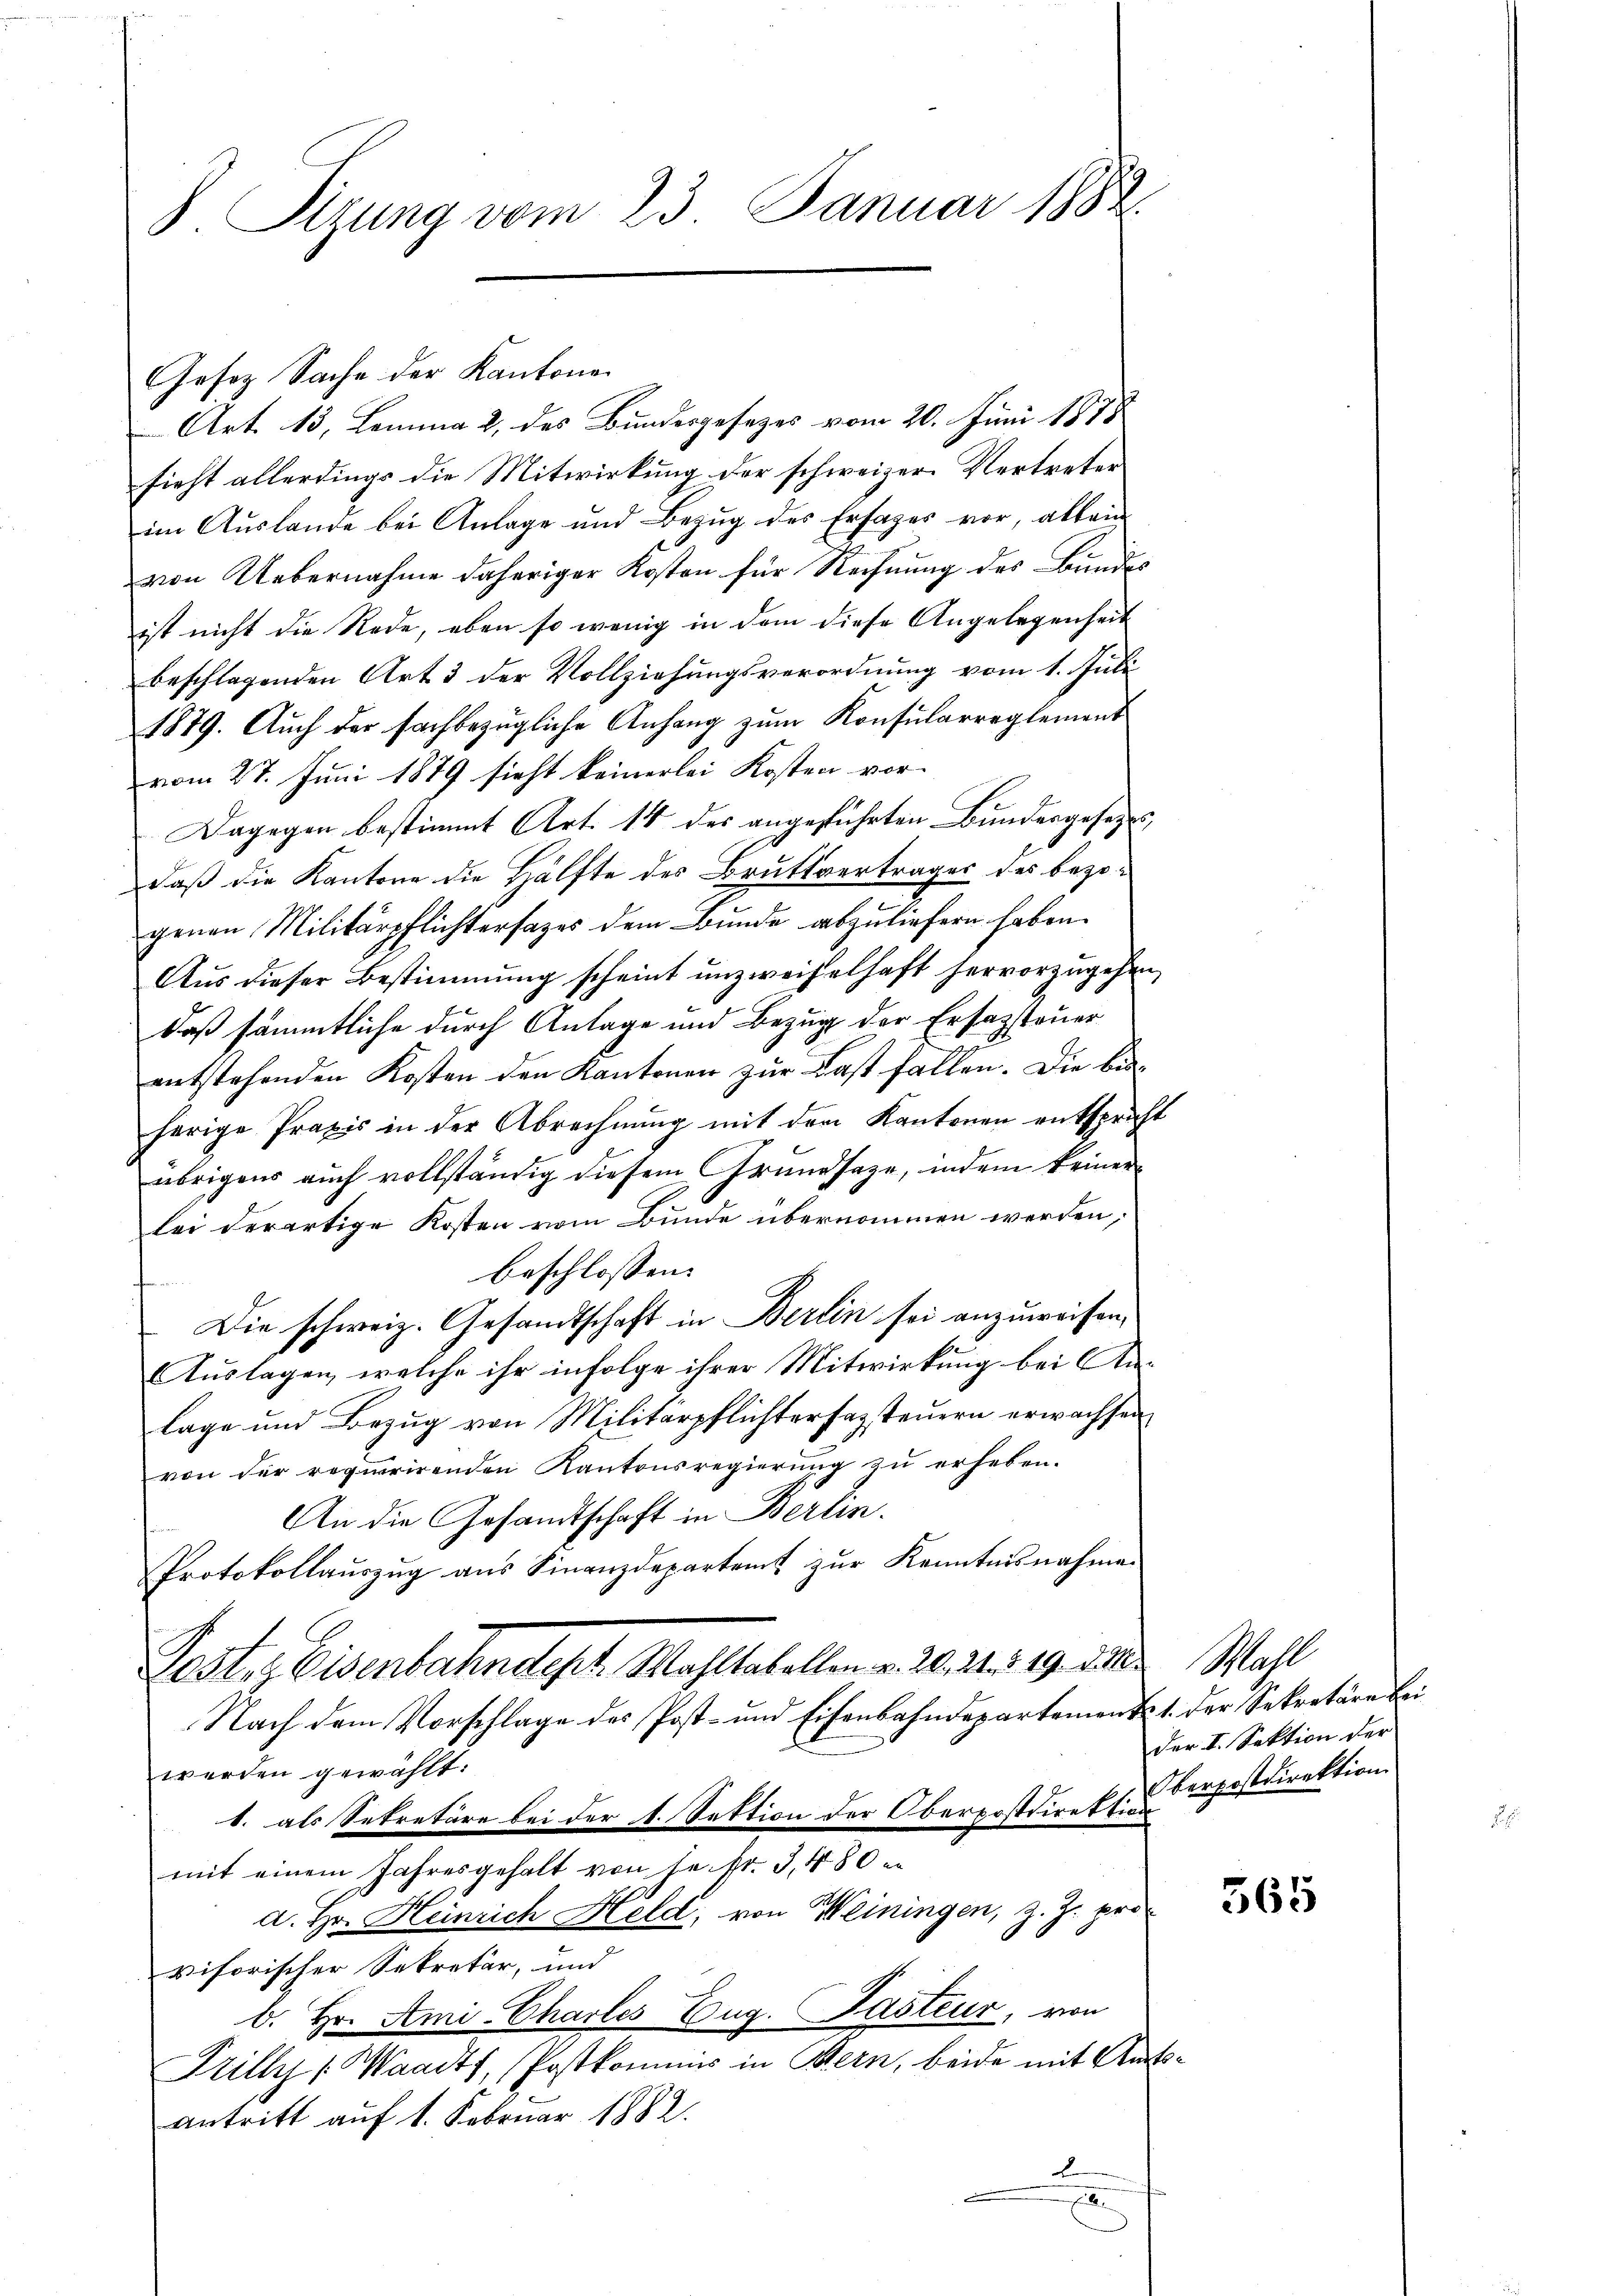
8 Sizung vom 23. Januar 1882.

Art. 13, Lemma 2 des Bundesgesezes vom 20. Juni 1878
sieht allerdings die Mitwirkung der schweizer. Vertreten
im Auslande bei Anlage und Bezug des Ersages vor, allein
von Uebernahme daheriger Kosten für Rechnung des Bundes
ist nicht die Rede, eben so wenig in dem diese Angelegenheit
beschlagenden Art 3 der Vollziehungsverordnung vom 1. Juli
1879. Auch der fachbezügliche Anhang zum Konsularreglement
vom 27. Juni 1879 sieht keinerlei Kosten vor-
Dagegen bestimmt Art. 14 des angeführten Bundesgesezes
daß die Kantone die Hälfte des Bruttvertrages des bezogenen Militärpflichtersages dem Bunde abzuliefern haben.
Aus dieser Bestimmung scheint unzweifelhaft hervorzugehen,
daß sämmtliche durch Anlage und Bezug der Ersatzsteuer
entstehenden Kosten den Kantonen zur Last fallen. Die bisherige Praxis in der Abrechnung mit dem Kantonen entsprich
übrigens auch vollständig diesem Grundsaze, indem keinerlei derartige Kosten vom Bunde übernommen werden,
beschlossen:
Die schweiz. Gesandtschaft in Berlin sei anzuweisen,
Auslagen, welche ihr infolge ihrer Mitwirkung bei An-
lage und Bezug von Militärpflichterfassteuern erwachsen
von der requirirenden Kantonsregierung zu erheben.
An die Gesandtschaft in Berlin.
Protokollauszug aus Finanzdepartent zur Kenntnisnahme.
Paste, Eisenbahndept. Wahltabellen u. 20. 21. d. 19. 2212. Wahl
Nach dem Vorschlage des Post- und Eisenbahndepartement 1. der Sekretäre bei
werden gewählt:
1. als Sekretäre bei der 1. Sektion der Oberpostdirektion
mit einem Jahresgehalt von heist. 3, 480 e
d. Hr. Heinrich Held, von Weiningen, z. Z. pro
visorischer Sekretär, und
b. Hr. Ami-Charles Eug. Pasteur, von
Prill (Waadt, Postkommnis in Bern, beide mit Anantritt auf 1. Februar 1882.
.

Gesez Sache der Kantone

s

h

der I. Sektion der
Oberpostdirektion

s

565